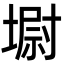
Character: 墛